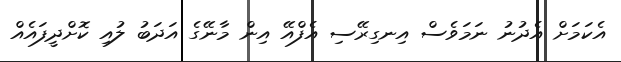
އެކަމަށް އެދުނު ނަމަވެސް އިނގިރޭސި އެފްއޭ އިން މާނޭގެ އަދަބު ލުއި ކޮށްދީފައެއް